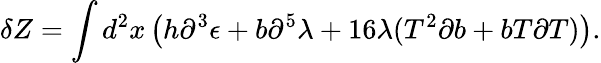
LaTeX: \delta Z=\int d^{2}x\left(h\partial^{3}\epsilon+b\partial^{5}\lambda+16\lambda(T^{2}\partial b+bT\partial T)\right).